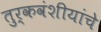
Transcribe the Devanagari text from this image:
तुर्कवंशीयांचे